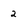
Character: 2